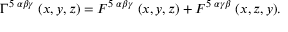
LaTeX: \Gamma ^ { 5 \; \alpha \beta \gamma } \; ( x , y , z ) = F ^ { 5 \; \alpha \beta \gamma } \; ( x , y , z ) + F ^ { 5 \; \alpha \gamma \beta } \; ( x , z , y ) .